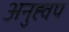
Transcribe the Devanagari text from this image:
अनुह्वप